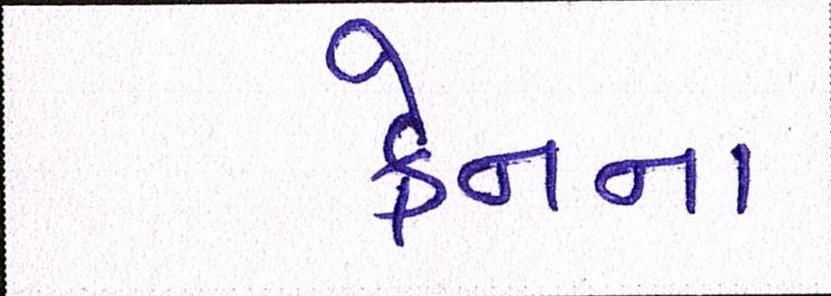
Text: ક્રેનના